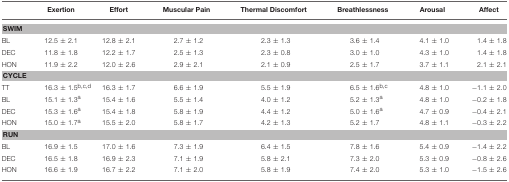
<table><thead><tr><td></td><td><b>Exertion</b></td><td><b>Effort</b></td><td><b>Muscular Pain</b></td><td><b>Thermal Discomfort</b></td><td><b>Breathlessness</b></td><td><b>Arousal</b></td><td><b>Affect</b></td></tr></thead><tbody><tr><td colspan="8"><b>SWIM</b></td></tr><tr><td>BL</td><td>12.5 ± 2.1</td><td>12.8 ± 2.1</td><td>2.7 ± 1.2</td><td>2.3 ± 1.3</td><td>3.6 ± 1.4</td><td>4.1 ± 1.0</td><td>1.4 ± 1.8</td></tr><tr><td>DEC</td><td>11.8 ± 1.8</td><td>12.2 ± 1.7</td><td>2.5 ± 1.3</td><td>2.3 ± 0.8</td><td>3.0 ± 1.0</td><td>4.3 ± 1.0</td><td>1.4 ± 1.8</td></tr><tr><td>HON</td><td>11.9 ± 2.2</td><td>12.0 ± 2.6</td><td>2.9 ± 2.1</td><td>2.1 ± 0.9</td><td>2.5 ± 1.7</td><td>3.7 ± 1.1</td><td>2.1 ± 2.1</td></tr><tr><td colspan="8"><b>CYCLE</b></td></tr><tr><td>TT</td><td>16.3 ± 1.5<sup>b</sup><sup>,</sup><sup>c</sup><sup>,</sup><sup>d</sup></td><td>16.3 ± 1.7</td><td>6.6 ± 1.9</td><td>5.5 ± 1.9</td><td>6.5 ± 1.6<sup>b</sup><sup>,</sup><sup>c</sup></td><td>4.8 ± 1.0</td><td>−1.1 ± 2.0</td></tr><tr><td>BL</td><td>15.1 ± 1.3<sup>a</sup></td><td>15.4 ± 1.6</td><td>5.5 ± 1.4</td><td>4.0 ± 1.2</td><td>5.2 ± 1.3<sup>a</sup></td><td>4.8 ± 1.0</td><td>−0.2 ± 1.8</td></tr><tr><td>DEC</td><td>15.3 ± 1.6<sup>a</sup></td><td>15.4 ± 1.8</td><td>5.8 ± 1.9</td><td>4.4 ± 1.2</td><td>5.0 ± 1.6<sup>a</sup></td><td>4.7 ± 0.9</td><td>−0.4 ± 2.1</td></tr><tr><td>HON</td><td>15.0 ± 1.7<sup>a</sup></td><td>15.5 ± 2.0</td><td>5.8 ± 1.7</td><td>4.2 ± 1.3</td><td>5.2 ± 1.7</td><td>4.8 ± 1.1</td><td>−0.3 ± 2.2</td></tr><tr><td colspan="8"><b>RUN</b></td></tr><tr><td>BL</td><td>16.9 ± 1.5</td><td>17.0 ± 1.6</td><td>7.3 ± 1.9</td><td>6.4 ± 1.5</td><td>7.8 ± 1.6</td><td>5.4 ± 0.9</td><td>−1.4 ± 2.2</td></tr><tr><td>DEC</td><td>16.5 ± 1.8</td><td>16.9 ± 2.3</td><td>7.1 ± 1.9</td><td>5.8 ± 2.1</td><td>7.3 ± 2.0</td><td>5.3 ± 0.9</td><td>−0.8 ± 2.6</td></tr><tr><td>HON</td><td>16.6 ± 1.9</td><td>16.7 ± 2.2</td><td>7.1 ± 2.0</td><td>5.8 ± 1.9</td><td>7.4 ± 2.0</td><td>5.3 ± 1.0</td><td>−1.5 ± 2.6</td></tr></tbody></table>